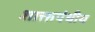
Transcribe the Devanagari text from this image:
शाक्तपंथीय